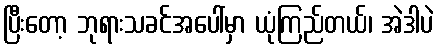
ပြီးတော့ ဘုရားသခင်အပေါ်မှာ ယုံကြည်တယ်၊ အဲဒါပဲ